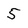
Character: 5